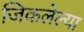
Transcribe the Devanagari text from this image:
जिकलेल्या